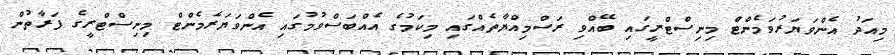
މިއަދު އެންވަޔަރުވަމެންޓް މިނިސްޓްރީގައި ބޭއްވި ރަސްމިއްޔާތެއްގައި މިކަމުގެ އެއްބަސްވުމުގައި އެންވަޔަރެމެންޓް މިނިސްޓްރީގެ ފަރާތުން